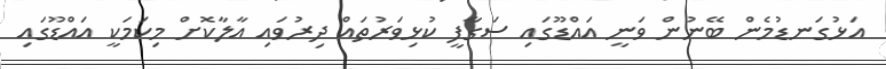
އަޅުގަނޑުމެން ބޭނުން ވަނީ އައްޑޫގައި ސަގާފީ ކުޅިވަރުތައް ދިރުވައި އާލާކޮށް މިކަމަކީ އައްޑޫގައި